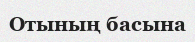
Отының басына